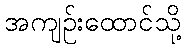
အကျဉ်းထောင်သို့